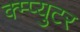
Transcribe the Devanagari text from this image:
क्म्प्युटर